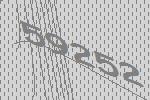
59252